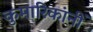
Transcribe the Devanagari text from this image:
कुमारिकांनीं